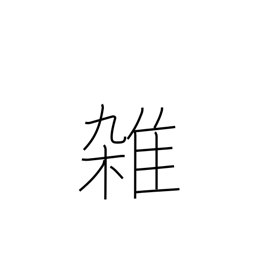
Meaning: miscellaneous